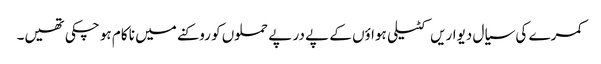
کمرے کی سیال دیواریں کٹیلی ہواؤں کے پے در پے حملوں کو روکنے میں نا کام ہو چکی تھیں۔